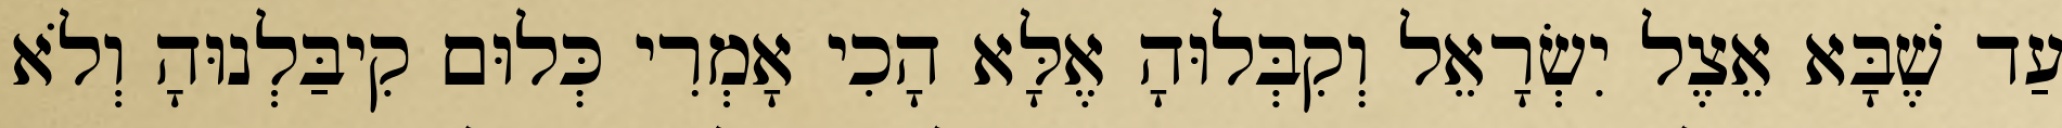
עַד שֶׁבָּא אֵצֶל יִשְׂרָאֵל וְקִבְּלוּהָ אֶלָּא הָכִי אָמְרִי כְּלוּם קִיבַּלְנוּהָ וְלֹא